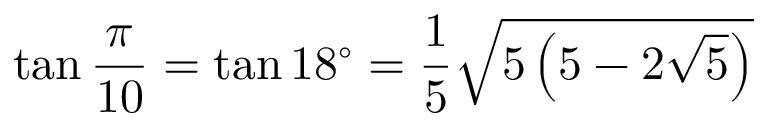
\tan { \frac { \pi } { 1 0 } } = \tan 1 8 ^ { \circ } = { \frac { 1 } { 5 } } { \sqrt { 5 \left( 5 - 2 { \sqrt { 5 } } \right) } }